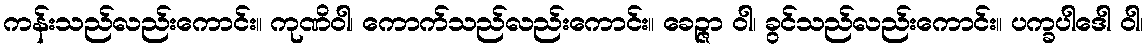
ကန်းသည်လည်းကောင်း။ ကုဏိဝါ၊ ကောက်သည်လည်းကောင်း။ ခေဉ္ဇာ ဝါ၊ ခွင်သည်လည်းကောင်း။ ပက္ခပါဒေါ ဝါ၊